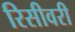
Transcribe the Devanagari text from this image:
रिसीवरी